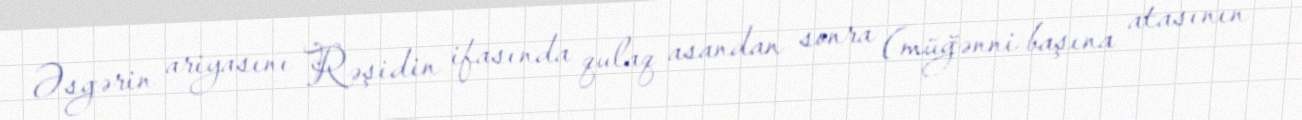
Əsgərin ariyasını Rəşidin ifasında qulaq asandan sonra (müğənni başına atasının